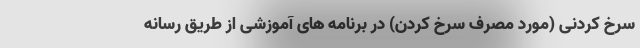
سرخ کردنی (مورد مصرف سرخ کردن) در برنامه های آموزشی از طریق رسانه